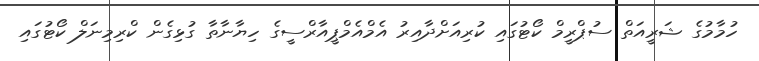
ހުމާމުގެ ޝަރީއަތް ސުޕްރީމް ކޯޓުގައި ކުރިއަށްދާއިރު އެމްއެމްޕީއާރްސީގެ ހިޔާނާތާ ގުޅިގެން ކްރިމިނަލް ކޯޓުގައި